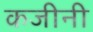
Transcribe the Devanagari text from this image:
कजीनी